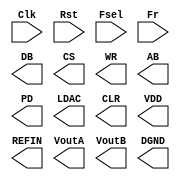
`timescale 1ns / 1ps
module topmodule(
    input Clk,
    input Rst,
    input [1:0] Fsel,
    input [2:0] Fr,
    output [7:0] DB,
    output CS,
    output WR,
    output AB,
    output PD,
    output LDAC,
    output CLR,
    output VDD,
    output REFIN,
    output VoutA,
    output VoutB,
    output DGND
    );
    
    
    
endmodule